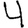
Digit: 4